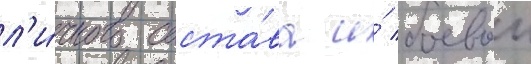
л'и́чного соста́ва и́ боевои